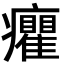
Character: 癯